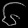
Digit: ၆